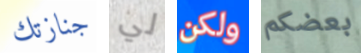
جنازتك لي ولكن بعضكم